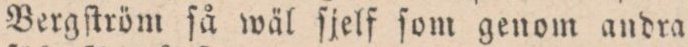
Bergſtröm ſå wäl ſjelf ſom genom andra